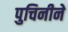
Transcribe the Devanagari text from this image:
पुचिनीने